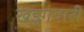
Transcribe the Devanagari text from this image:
खड़गवारी